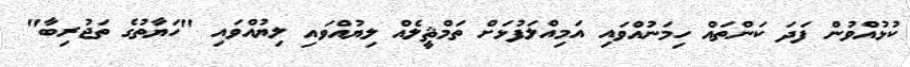
ކުޅުއްވުން ފަދަ ކަންތައް ހިމަނުއްވައި އަމިއްލަފުޅަށް ތަމްޘީލެއް ލިޔުއްވައި ލިޔުއްވައި "ހަޔާތުގެ ތަޖުރިބާ"